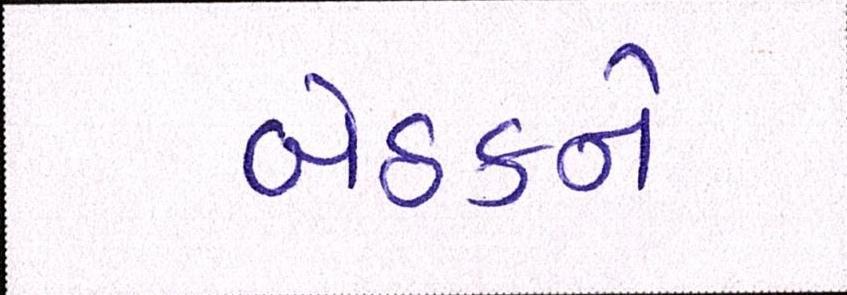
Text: બેઠકને